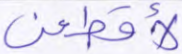
لأقطعن